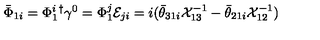
\bar { \Phi } _ { 1 i } = \Phi _ { 1 } ^ { i } { } ^ { \dagger } \gamma ^ { 0 } = \Phi _ { 1 } ^ { j } { \cal E } _ { j i } = i ( \bar { \theta } _ { 3 1 i } { \cal X } _ { 1 3 } ^ { - 1 } - \bar { \theta } _ { 2 1 i } { \cal X } _ { 1 2 } ^ { - 1 } )